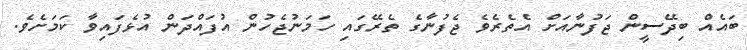
ބައެއް ބިދޭސީން ޖަފުނާއަށް އެތެރެވެ ޖެފުނާގެ ތެރޭގައި ހަމަނުޖެހުން އުފައްދަން އުޅެފައިވާ ކަމަށެވެ.